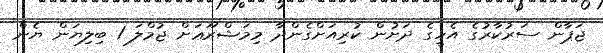
ޖަޕާން ސަރުކާރުގެ އެހީގެ ދަށުން ކުރިއަށްގެންދާ މިމަޝްރޫޢަށް ޖުމްލަ 1 ބިލިޔަން ޔެން